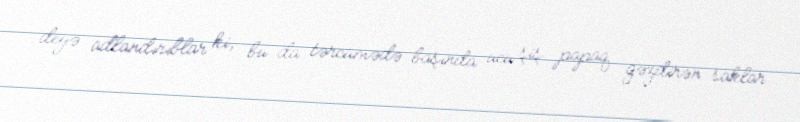
deyə adlandırıblar ki, bu da tərcümədə başında ucu şiş papaq gəzdirən saklar